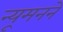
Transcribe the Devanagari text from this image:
न्यूमनने